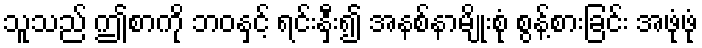
သူသည် ဤစာကို ဘဝနှင့် ရင်းနှီး၍ အနစ်နာမျိုးစုံ စွန့်စားခြင်း အဖုံဖုံ